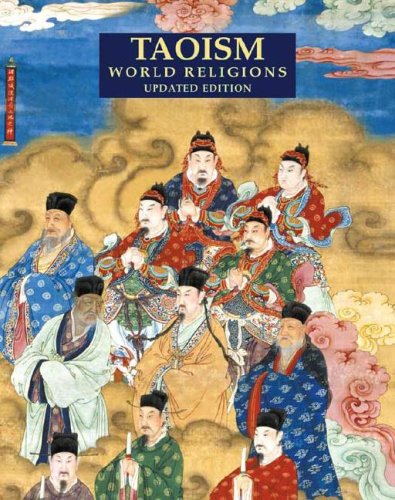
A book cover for Taoism (World Religions (Facts on File)); Paula R. Hartz; Teen & Young Adult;